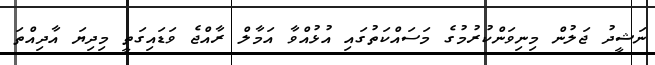
ނަޝީދު ޖަލުން މިނިވަންކުރުމުގެ މަސައްކަތުގައި އުޅުއްވާ އަމާލް ރާއްޖެ ވަޑައިގަތީ މިދިޔަ އާދިއްތަ